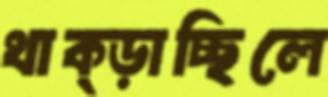
থাক্‌ড়াচ্ছিলে